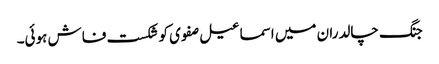
جنگ چالدران میں اسماعیل صفوی کو شکست فاش ہوئی۔